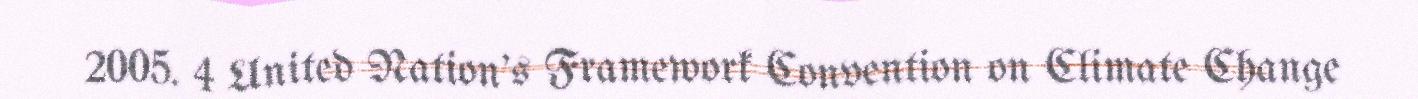
2005. 4 United Nation's Framework Convention on Climate Change